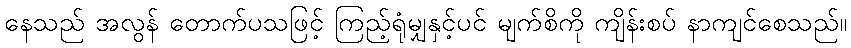
နေသည် အလွန် တောက်ပသဖြင့် ကြည့်ရုံမျှနှင့်ပင် မျက်စိကို ကျိန်းစပ် နာကျင်စေသည်။